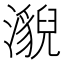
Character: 𤂚